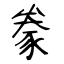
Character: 豢